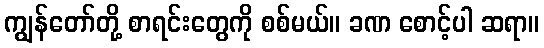
ကျွန်တော်တို့ စာရင်းတွေကို စစ်မယ်။ ခဏ စောင့်ပါ ဆရာ။